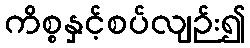
ကိစ္စနှင့်စပ်လျဉ်း၍